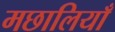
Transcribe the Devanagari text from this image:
मछालियाँ